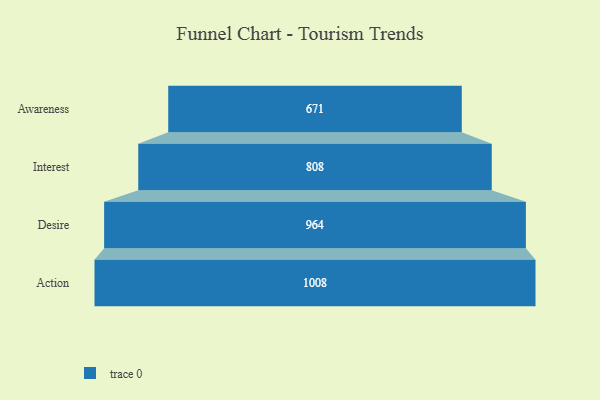
{"axis": {"x": "Stage", "y": "Value"}, "legend": [""], "data": [{"x": "Awareness", "y": 671.0, "type": ""}, {"x": "Interest", "y": 808.0, "type": ""}, {"x": "Desire", "y": 964.0, "type": ""}, {"x": "Action", "y": 1008.0, "type": ""}]}